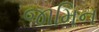
જામિન